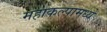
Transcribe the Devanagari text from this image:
महाकल्पामध्ये